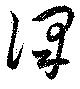
澤